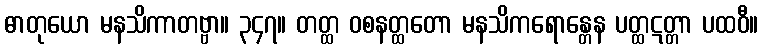
ဓာတုယော မနသိကာတဗ္ဗာ။ ၃၄၇။ တတ္ထ ဝစနတ္ထတော မနသိကရောန္တေန ပတ္ထဋတ္တာ ပထဝီ။